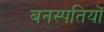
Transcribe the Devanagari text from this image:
बनस्पतियों